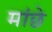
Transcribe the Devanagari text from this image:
मांछे